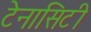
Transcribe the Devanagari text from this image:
टेनासिटी